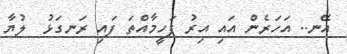
އޭނ.. އަހަރެން އައި އިރު ފަހީމާއްތަ ފައި ރަނގަޅު  ލުޔާ